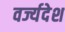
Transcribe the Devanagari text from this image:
वर्ज्यदेश